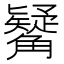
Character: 觺